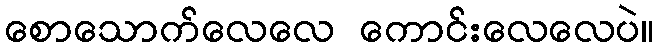
စောသောက်လေလေ ကောင်းလေလေပဲ။